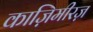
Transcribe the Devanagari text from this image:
काज़िमीरज़